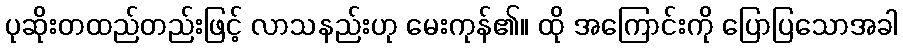
ပုဆိုးတထည်တည်းဖြင့် လာသနည်းဟု မေးကုန်၏။ ထို အကြောင်းကို ပြောပြသောအခါ